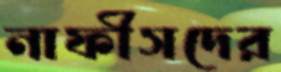
নাফীসদের